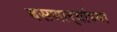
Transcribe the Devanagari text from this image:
बसणार्‍यांच्या